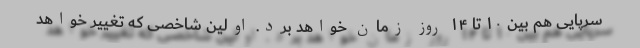
سرپایی هم بین ۱۰ تا ۱۴ روز زمان خواهد برد. اولین شاخصی که تغییر خواهد